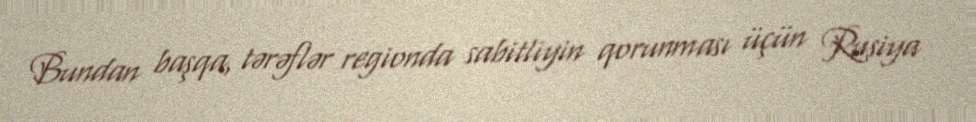
Bundan başqa, tərəflər regionda sabitliyin qorunması üçün Rusiya